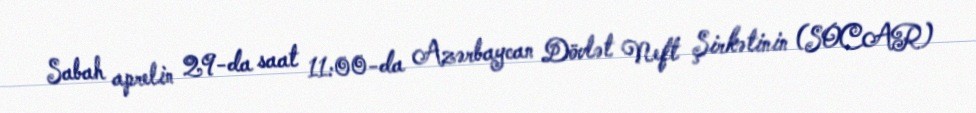
Sabah aprelin 29-da saat 11:00-da Azərbaycan Dövlət Neft Şirkətinin (SOCAR)